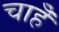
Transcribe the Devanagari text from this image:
चाहेँ